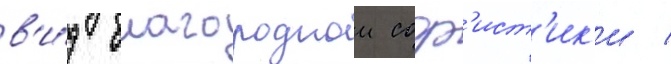
в'и́д благороднои соф'ист'ик'и /